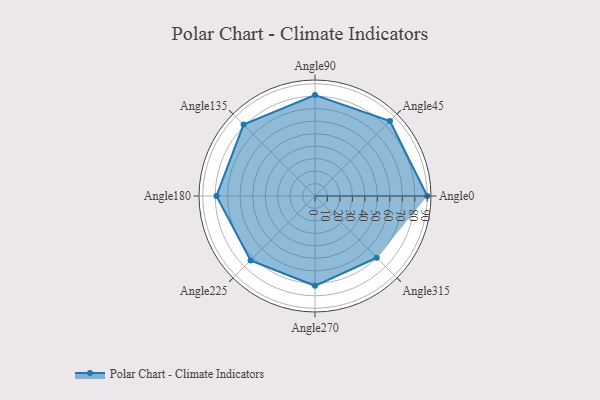
{"axis": {"x": "Angle", "y": "Radius"}, "legend": [""], "data": [{"x": "Angle0", "y": 90.0, "type": ""}, {"x": "Angle45", "y": 85.0, "type": ""}, {"x": "Angle90", "y": 81.0, "type": ""}, {"x": "Angle135", "y": 81.0, "type": ""}, {"x": "Angle180", "y": 79.0, "type": ""}, {"x": "Angle225", "y": 73.0, "type": ""}, {"x": "Angle270", "y": 72.0, "type": ""}, {"x": "Angle315", "y": 70.0, "type": ""}]}